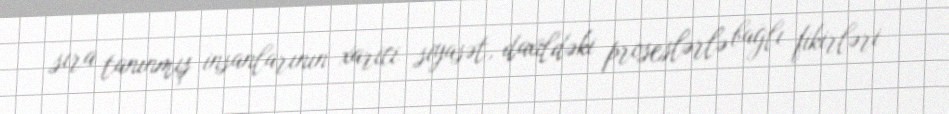
sıra tanınmış insanlarının xarici siyasət, daxildəki proseslərlə bağlı fikirləri